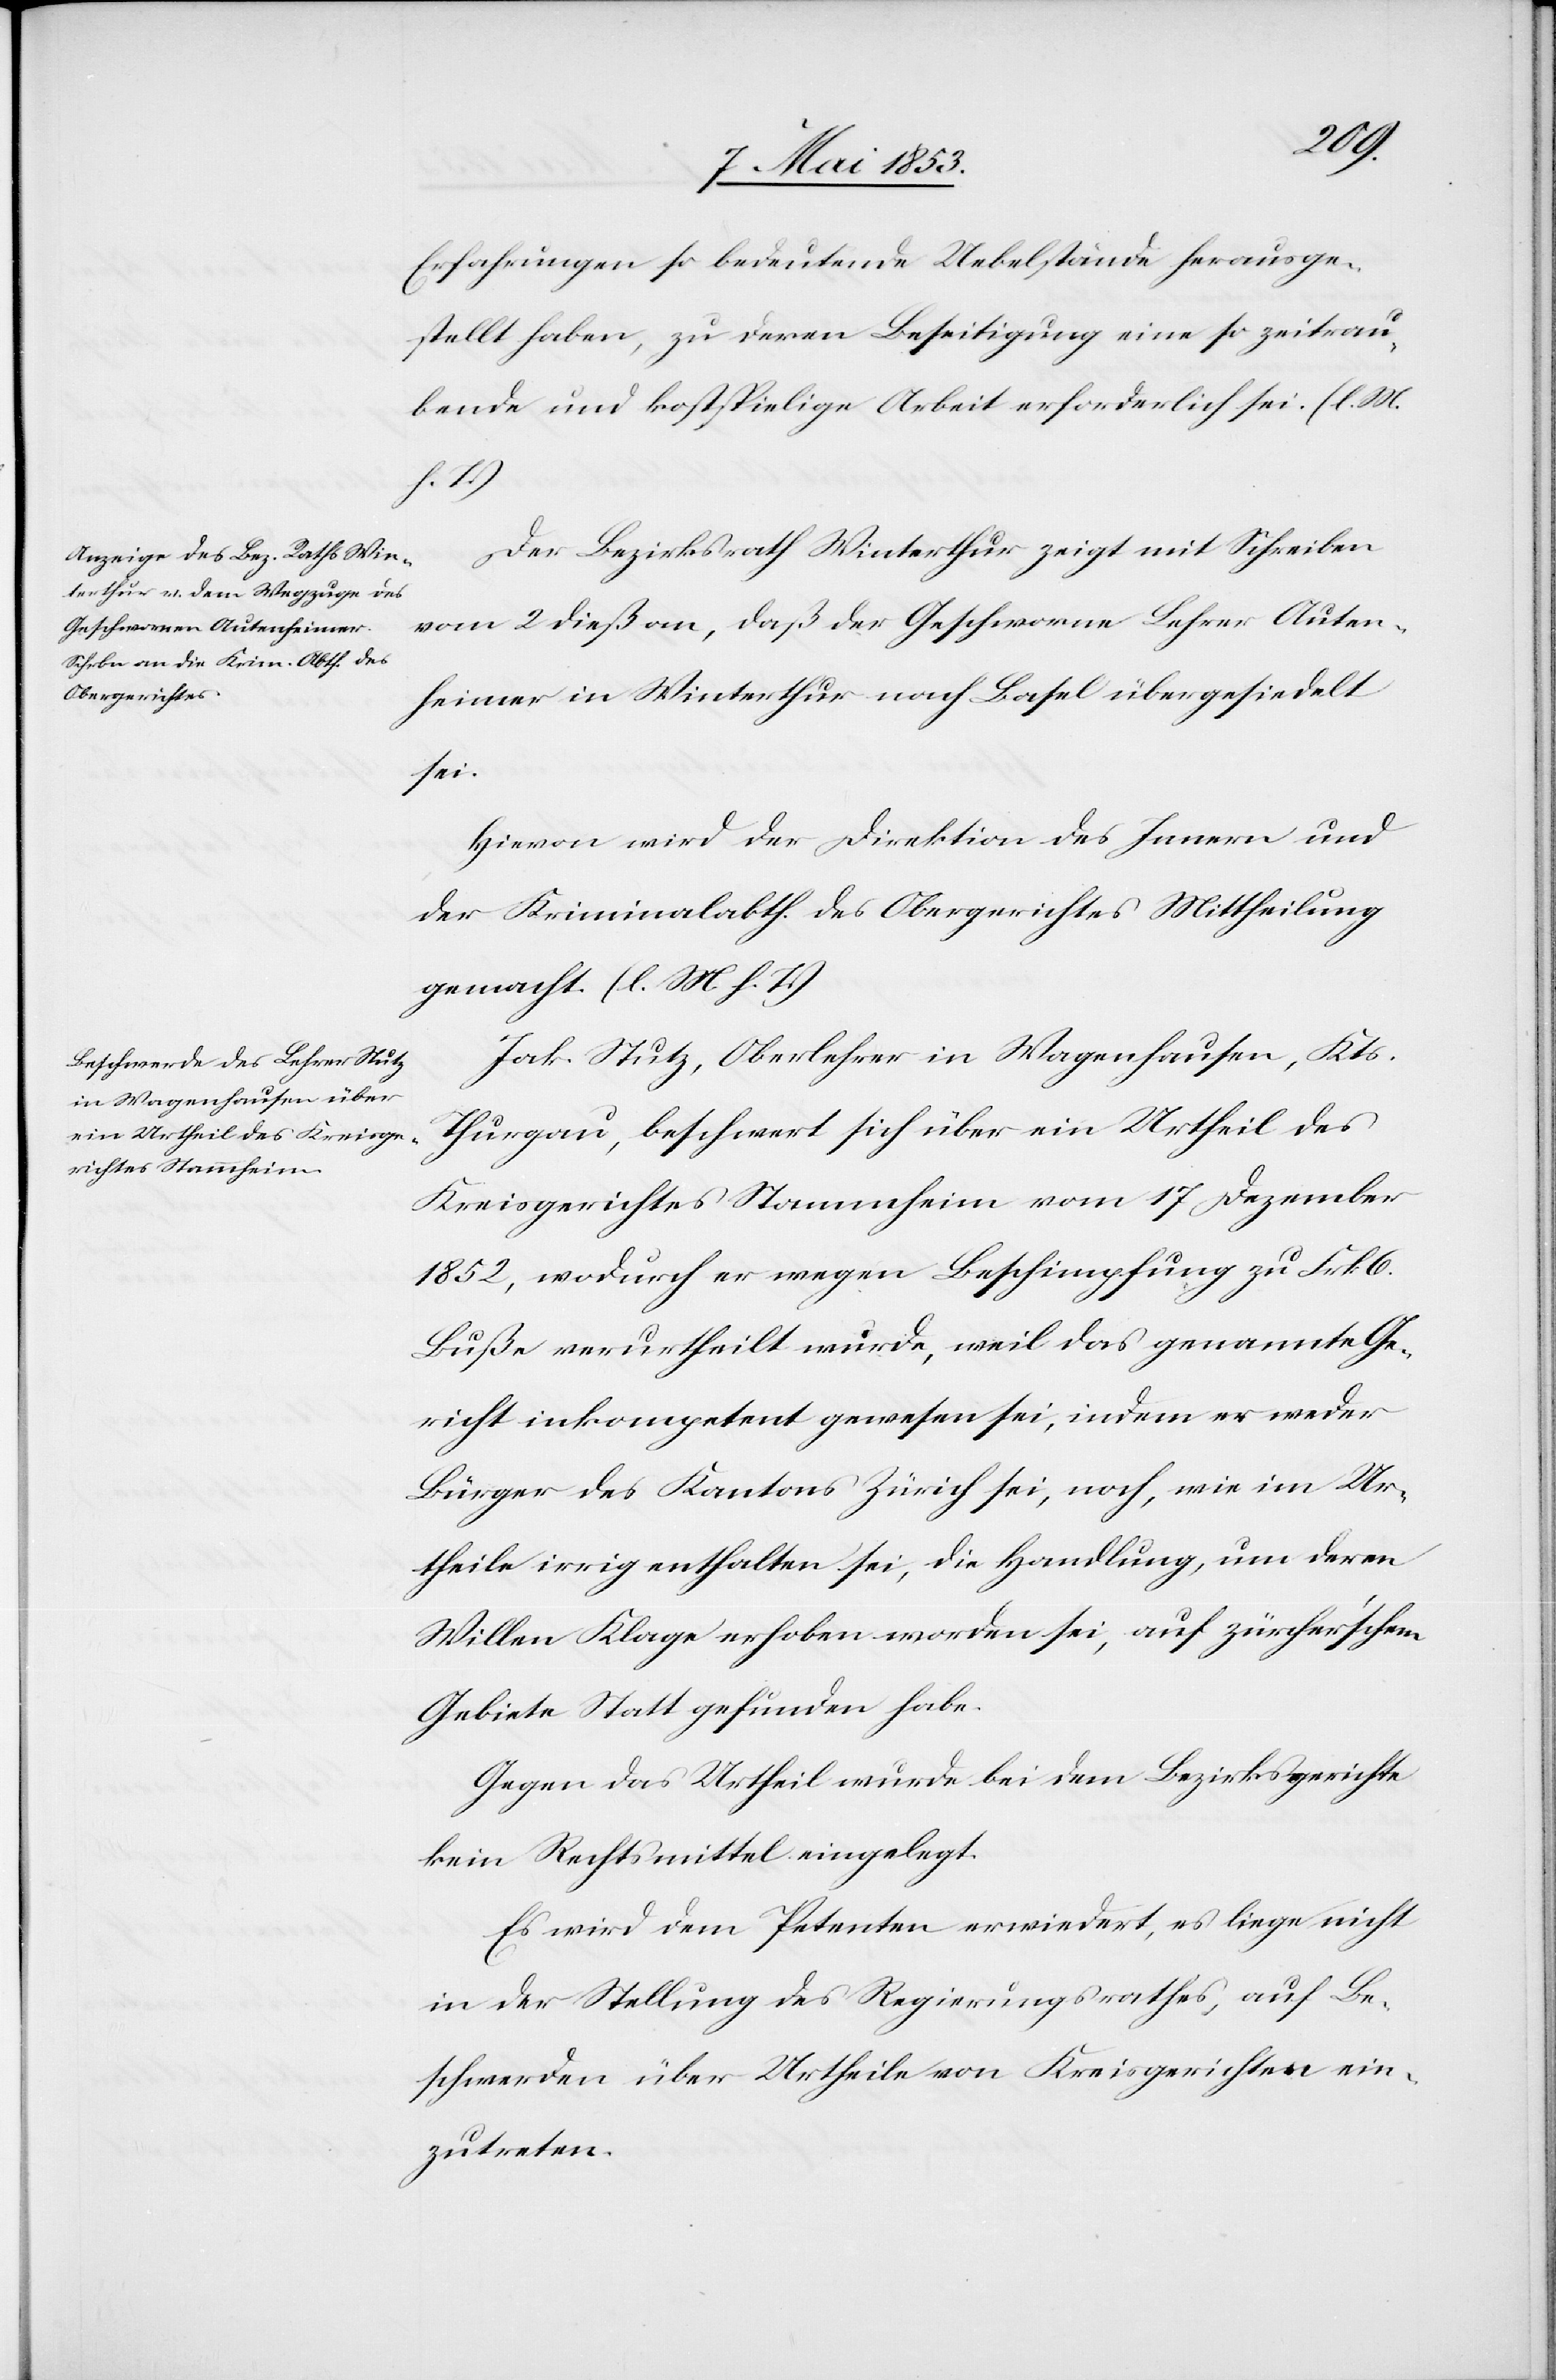
Erfahrungen so bedeutende Uebelstände herausge¬
stellt haben, zu deren Beseitigung eine so zeitrau¬
bende und kostspielige Arbeit erforderlich sei. [l. M.
h. T]
Der Bezirksrath Winterthur zeigt mit Schreiben
vom 2 dieß an, daß der Geschworene Lehrer Auten¬
heimer in Winterthur nach Basel übergesiedelt
sei.
Hievon wird der Direktion des Innern und
der Kriminalabth. des Obergerichtes Mittheilung
gemacht. [l. M. h. T]
Jak. Stutz, Oberlehrer in Wagenhausen, Kts.
Thurgau, beschwert sich über ein Urtheil des
Kreisgerichtes Stammheim vom 17 Dezember
1852, wodurch er wegen Bescheinigung zu Frk. 6.
Buße verurtheilt wurde, weil das genannte Ge¬
richt inkompetent gewesen sei, indem er weder
Bürger des Kantons Zürich sei, noch, wie im Ur¬
theile irrig enthalten sei, die Handlung, um deren
Willen Klage erhoben worden sei, auf zürcher’schem
Gebiete Statt gefunden habe.
Gegen das Urtheil wurde bei dem Bezirksgerichte
kein Rechtsmittel eingelegt.
Es wird dem Petenten erwiedert, es liege nicht
in der Stellung des Regierungsrathes, auf Be¬
schwerden über Urtheile von Kreisgerichten ein¬
zutreten.